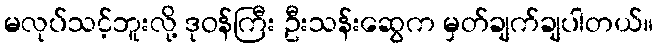
မလုပ်သင့်ဘူးလို့ ဒုဝန်ကြီး ဦးသန်းဆွေက မှတ်ချက်ချပါတယ်။